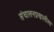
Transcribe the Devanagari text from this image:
संचालनप्रणालीला